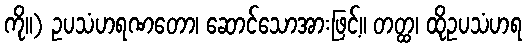
ကို။) ဥပသံဟရဏတော၊ ဆောင်သောအားဖြင့်။ တတ္ထ၊ ထိုဥပသံဟရ